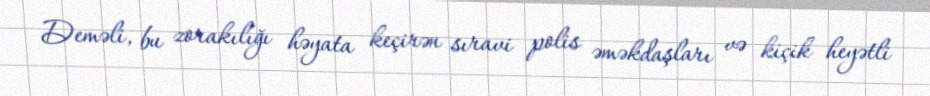
Deməli, bu zorakılığı həyata keçirən sıravi polis əməkdaşları və kiçik heyətli